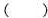
()